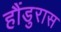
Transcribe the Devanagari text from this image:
हौंडुरास